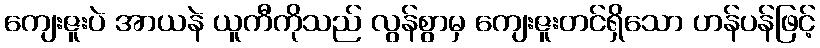
ကျေးဇူးပဲ အာယနဲ ယူကီကိုသည် လွန်စွာမှ ကျေးဇူးတင်ရှိသော ဟန်ပန်ဖြင့်